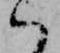
ハ